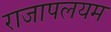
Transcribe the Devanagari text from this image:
राजापलयम